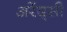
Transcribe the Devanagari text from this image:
अरेंद्सी